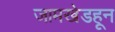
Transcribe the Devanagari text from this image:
जामखेडहून